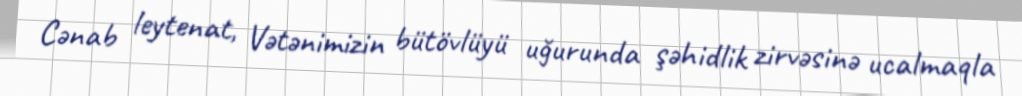
Cənab leytenat, Vətənimizin bütövlüyü uğurunda şəhidlik zirvəsinə ucalmaqla